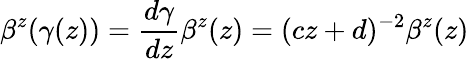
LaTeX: \beta^{z}(\gamma(z))=\frac{d\gamma}{dz}\beta^{z}(z)=(cz+d)^{-2}\beta^{z}(z)